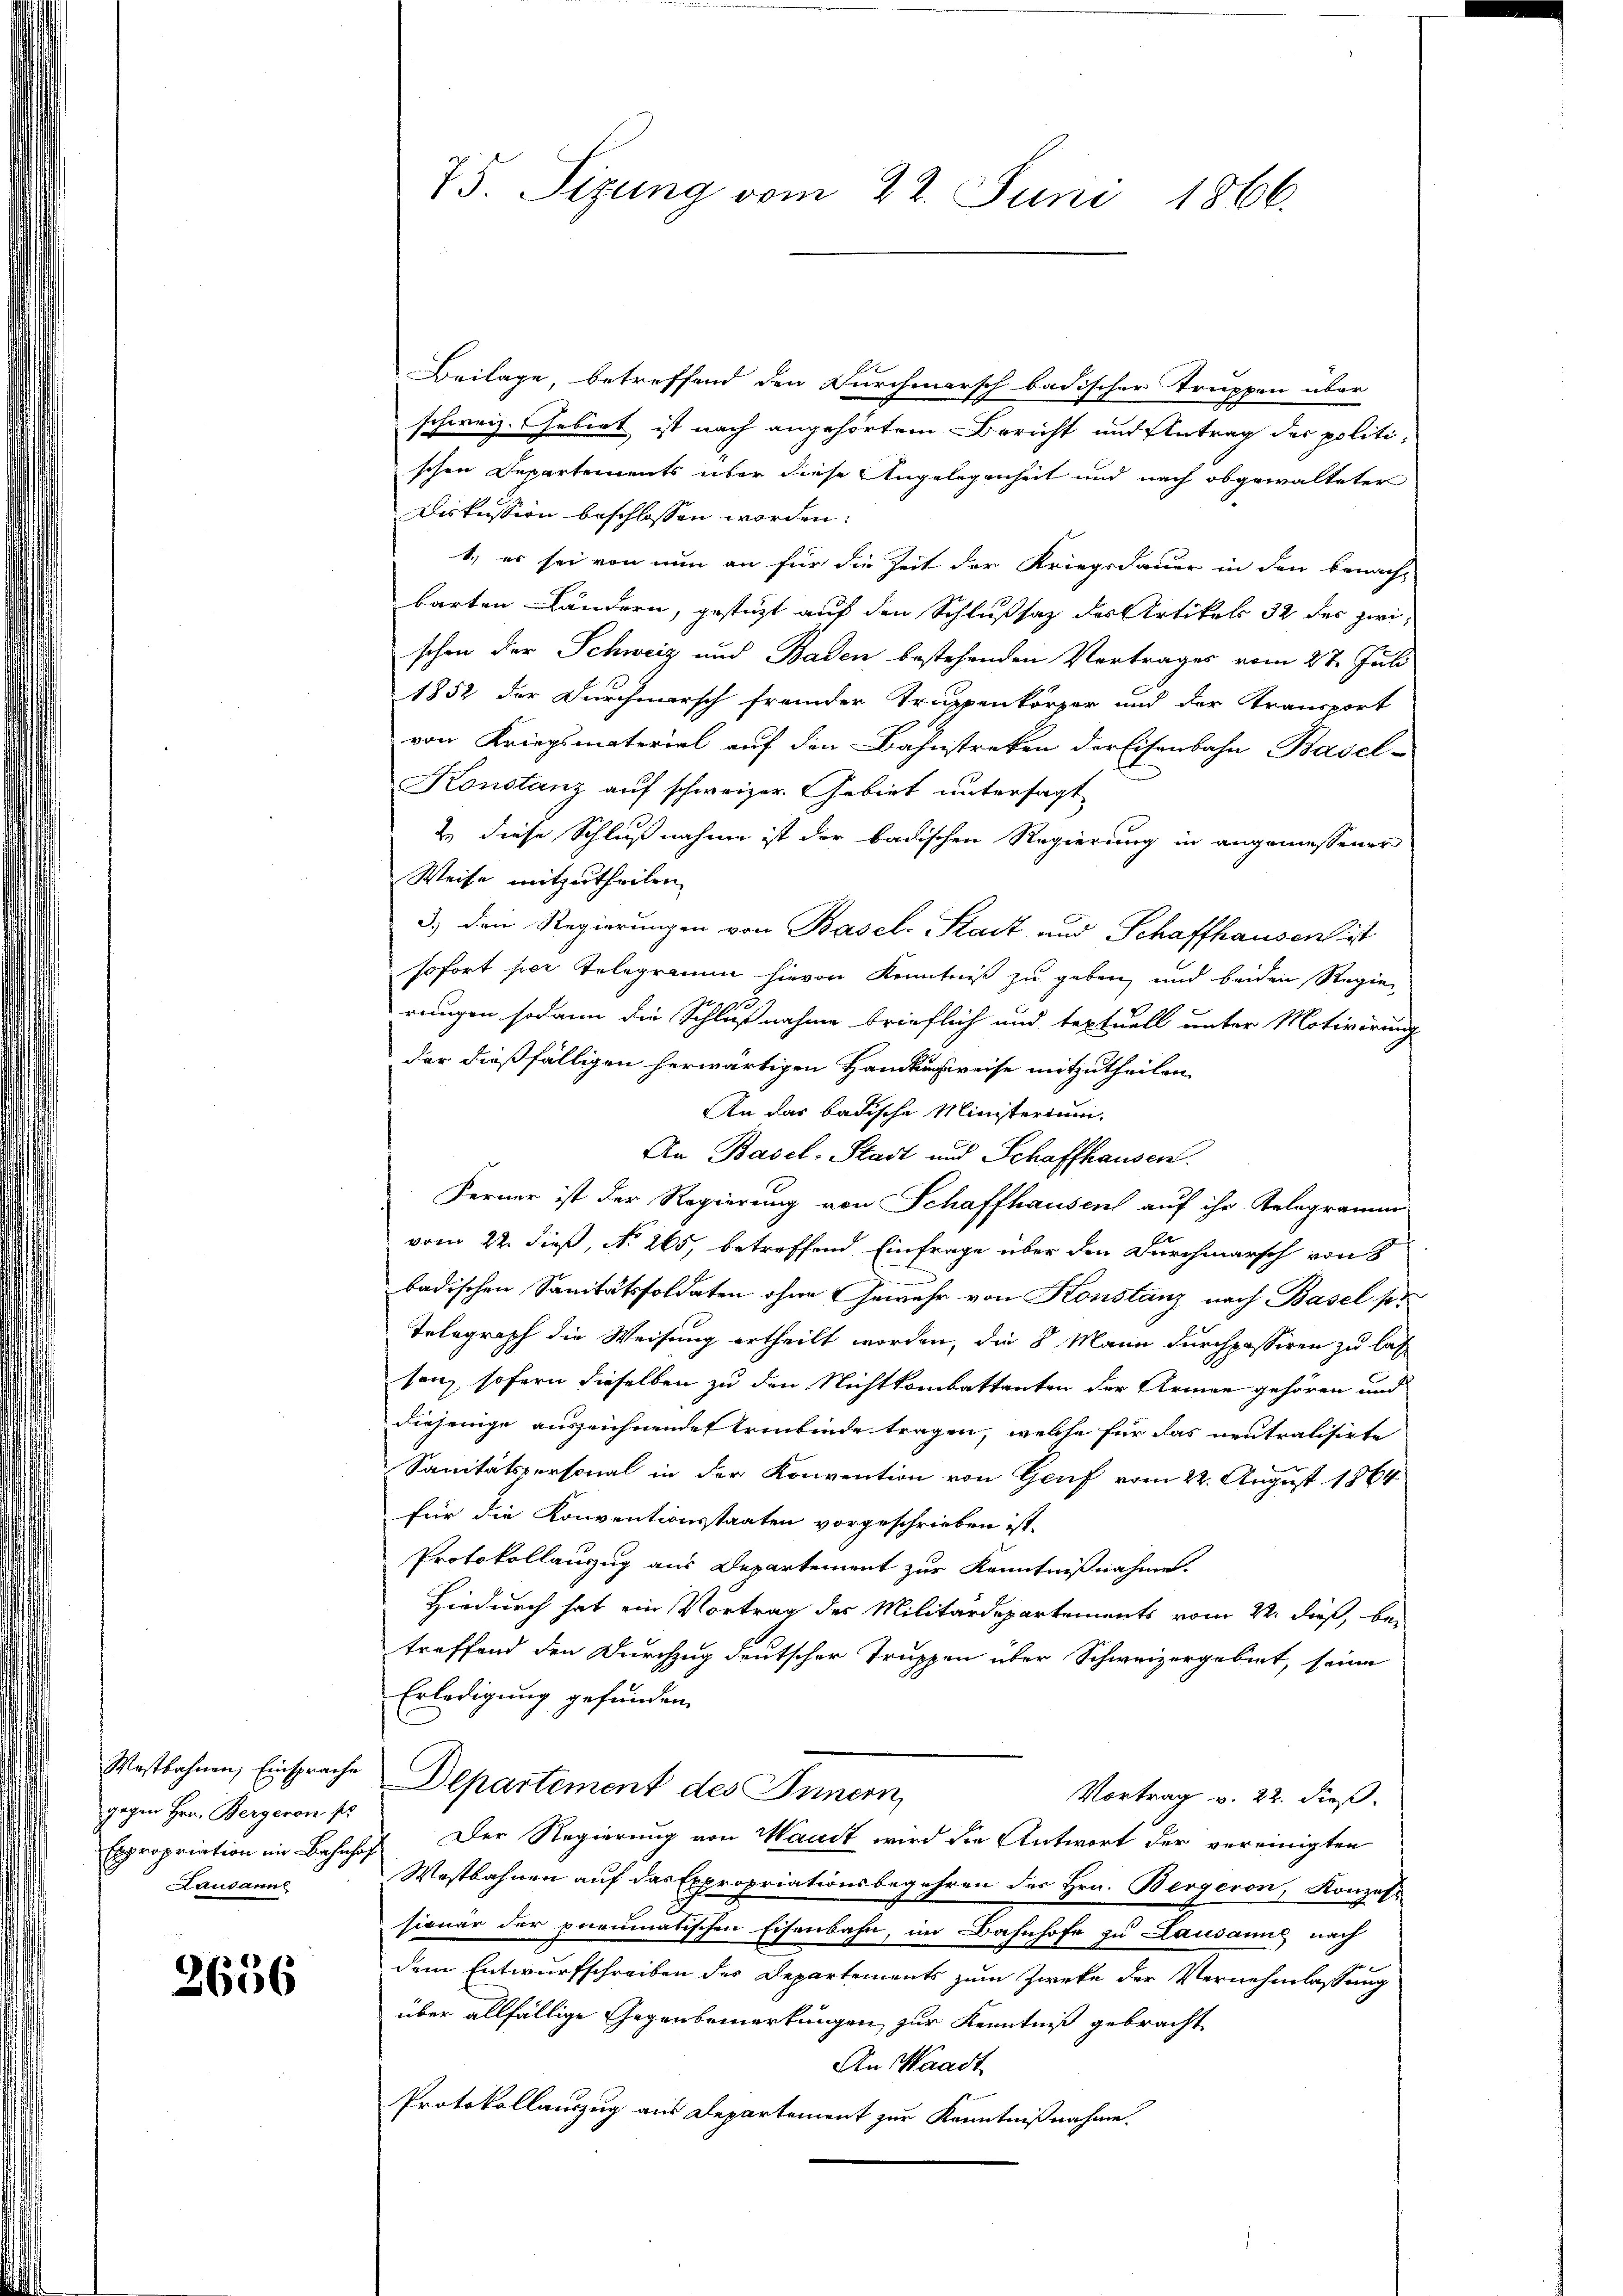
Westbahnen, Einsprache
gegen Hrn. Bergeron pr
Expropriation im Bahnhof
Laudanul

2656

75. Sizung vom 22. Juni 1866.

Beilage, betreffend den Durchmarsch badischer Truppen über
schweiz. Gebiet ist nach angehörtem Bericht und Antrag der politischen Departements über diese Angelegenheit und nach obgewalteter
Diskussion beschlossen worden:
1.) es sei von nun an für die Zeit der Kriegsdauer in den benacht
barten Ländern, gestüzt auf den Schlußsaz des Artikels 32 des zwischen der Schweiz und Baden bestehenden Vertrages vom 27. Juli
1852 der Durchmarsch fremder Truppenkörper und der Transport
von Kriegsmaterial auf den Bahnstreken der Eisenbahn Basel-
Konstanz auf schweizer Gebiet untersagt
2) diese Schlußnahme ist der badischen Regierung in angemessener
Weise mitzutheilen.
3.) Denn Regierungen von Basel-Stadt und Schaffhausen ist
sofort per Telegramm hievon Kenntniß zu geben, und beiden Regierungen sodann die Schlußnahme brieflich und textuell unter Motivirung
der dießfälligen herwärtigen Handlungsweise mitzutheilen,
An das badische Ministerium,
An Basel-Stadt und Schaffhausen.
Ferner ist der Regierung von Schaffhausen auf ihr Gelegramm
vom 22. dieß, No. 265, betreffend Einfrage über den Durchmarsch von 8
badischen Sanitätssoldaten ohne Gewahr von Konstanz nach Basel pr
Telegraph die Weisung ertheilt worden, die 8 Mann durchpassiren zu las
senz sofern dieselben zu den Nichtkombattanten der Armen gehören und
diejenige auszeichnende Erinbinde tragen, welche für das neutralisirte
Sanitätspersonal in der Konvention von Genf vom 22. August 1864
für die Konventionsstaaten vorgeschrieben ist.
Protokollanzug aus Departement zur Kenntnißnahme.
Hiedurch hat ein Vortrag des Militärdepartements vom 22. dieß, bei
treffend den Durchzug deutscher Truppen über Schweizergebiet, seine
Erledigung gefunden.
Departement des Innern,
Vortrag v. 22. dieß.
Der Regierung von Waadt wird die Antwort der vereinigten
Wostbahnen auf das Expropriationsbegehren des Hrn. Bergeron, Konzess
sionär der parumatischen Eisenbahn, im Bahnhofe zu Lausanne nach
dem Entwurfschreiben des Departements zum Zwecke der Vernehmlassung
über allfällige Gegenbemerkungen, zur Kenntniß gebracht
An Waadt
Protokollauszug aus Departement zur Kenntnißnahme.